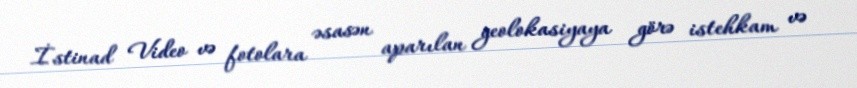
İstinad Video və fotolara əsasən aparılan geolokasiyaya görə istehkam və